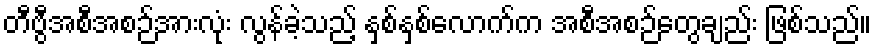
တီဗွီအစီအစဉ်အားလုံး လွန်ခဲ့သည့် နှစ်နှစ်လောက်က အစီအစဉ်တွေချည်း ဖြစ်သည်။